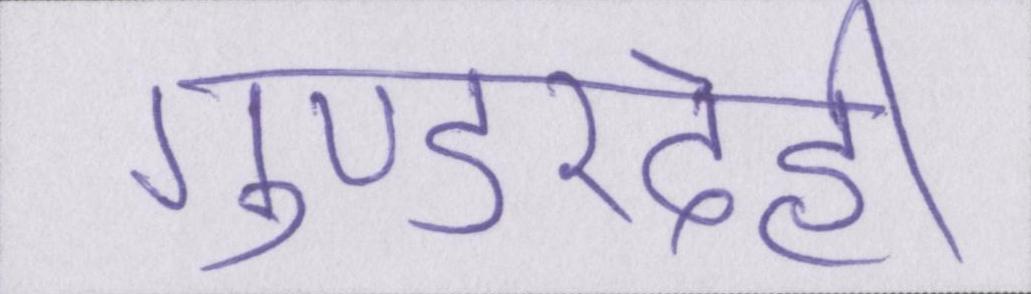
गुण्डरदेही